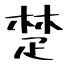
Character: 楚